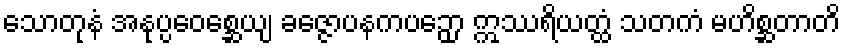
သောတုနံ အနုပ္ပဝေစ္ဆေယျ ခဇ္ဇောပနကပဉှော ဣဿရိယတ္ထံ သတကံ မဟိစ္ဆတာတိ